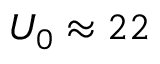
U _ { 0 } \approx 2 2